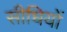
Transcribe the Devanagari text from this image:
सीधियों